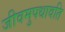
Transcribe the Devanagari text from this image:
जीवमुपधावति